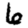
Digit: 6